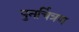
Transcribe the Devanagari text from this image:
पुनर्चित्रण